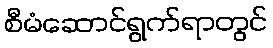
စီမံဆောင်ရွက်ရာတွင်